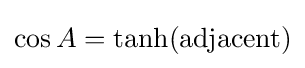
\cos A={\textrm {tanh(adjacent)}}